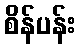
စိန်ပန်း